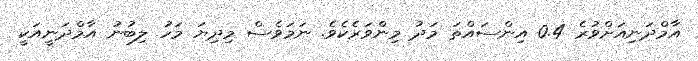
އާމްދަނިއަށްވުރެ 0.4 އިންސައްތަ މަދު މިންވަރެކެވެ. ނަމަވެސް މިދިޔަ މަހު ލިބުނު އާމްދަނީއަކީ